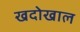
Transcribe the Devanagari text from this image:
खदोखाल